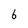
Character: 6